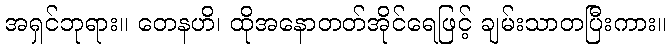
အရှင်ဘုရား။ တေနဟိ၊ ထိုအနောတတ်အိုင်ရေဖြင့် ချမ်းသာတပြီးကား။